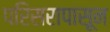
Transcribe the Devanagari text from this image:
परिसरापासून